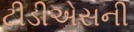
ટીડીએસની